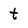
Character: t